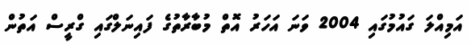
އަމިއްލަ ގައުމުގައި 2004 ވަނަ އަހަރު އޮތް މުބާރާތުގެ ފައިނަލްގައި ގްރީސް އަތުން